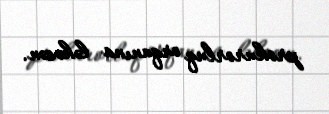
prokurorluq orqanına ləkəsən.